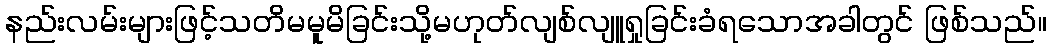
နည်းလမ်းများဖြင့်သတိမမူမိခြင်းသို့မဟုတ်လျစ်လျူရှုခြင်းခံရသောအခါတွင် ဖြစ်သည်။